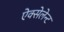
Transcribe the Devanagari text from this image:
ऐक्सेलेन्ट